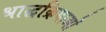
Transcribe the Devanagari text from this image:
श्राद्धक्रियाओं